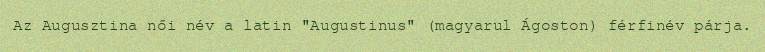
Az Augusztina női név a latin "Augustinus" (magyarul Ágoston) férfinév párja.